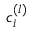
c _ { i } ^ { ( l ) }